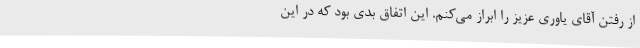
از رفتن آقای یاوری عزیز را ابراز می‌کنم. این اتفاق بدی بود که در این